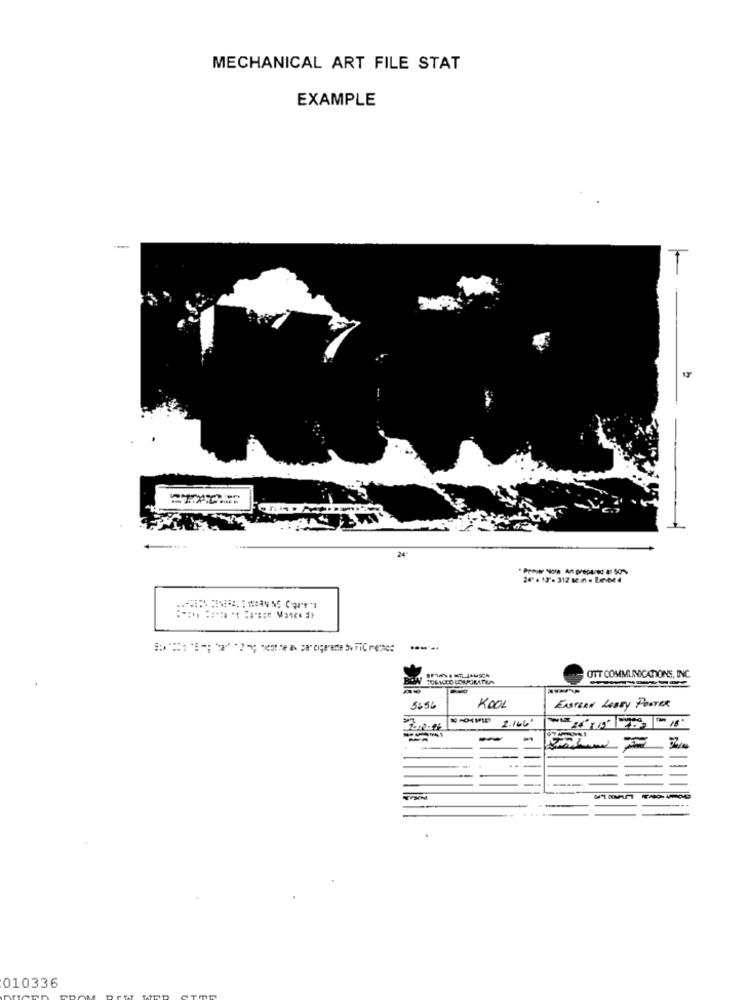
MECHANICAL ART FILE STAT
EXAMPLE
24
24 . 13'.312 12.n. Le-be4
Ba
FORMID CORPORATEA
OTT COMMUNICATIONS, INC.
5:56
KOOL
EASTERN LOBBY POSTER
-
....
010336